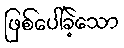
ဖြစ်ပေါ်ခဲ့သော